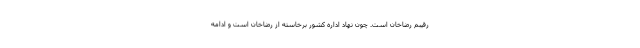
رقیبم رضاخان است. چون نهاد اداره کشور برخاسته از رضاخان است و ادامه